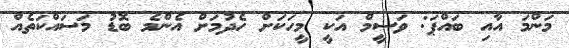
މަންމަ އާއި ބައްޕަ: ވަސީމް އަކީ މީހަކަށް ހެދުމަށް އެންމެ ބޮޑު މަސައްކަތެއް